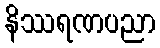
နိဿရဏပညာ